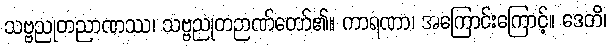
သဗ္ဗညုတညာဏဿ၊ သဗ္ဗညုတဉာဏ်တော်၏။ ကာရဏာ၊ အကြောင်းကြောင့်။ ဒေတိ၊